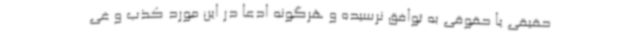
حقیقی یا حقوقی به توافق نرسیده و هرگونه ادعا در این مورد کذب و غی